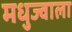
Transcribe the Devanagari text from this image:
मधुज्वाला